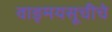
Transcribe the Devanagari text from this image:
वाङ्मयसूचीचे